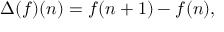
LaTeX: \Delta ( f ) ( n ) = f ( n + 1 ) - f ( n ) ,